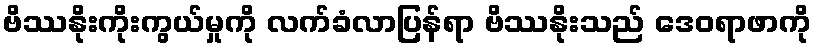
ဗိဿနိုးကိုးကွယ်မှုကို လက်ခံလာပြန်ရာ ဗိဿနိုးသည် ဒေဝရာဖာကို